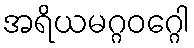
အရိယမဂ္ဂဝဂ္ဂေါ